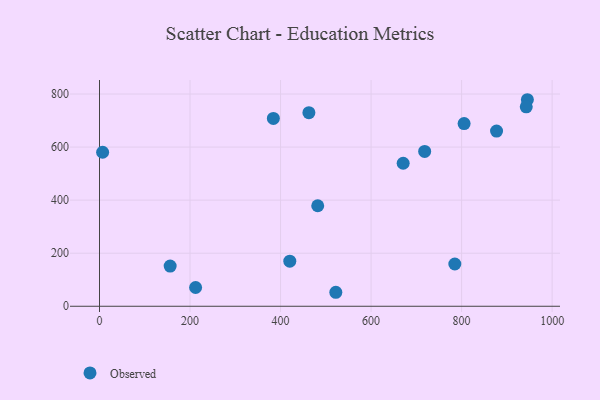
{"axis": {"x": "Study Hours", "y": "Profit"}, "legend": ["Observed"], "data": [{"x": "785.0", "y": 159.3, "type": "Observed"}, {"x": "945.3", "y": 778.5, "type": "Observed"}, {"x": "670.9", "y": 539.0, "type": "Observed"}, {"x": "6.9", "y": 580.5, "type": "Observed"}, {"x": "805.5", "y": 688.5, "type": "Observed"}, {"x": "522.1", "y": 52.7, "type": "Observed"}, {"x": "384.1", "y": 707.9, "type": "Observed"}, {"x": "462.6", "y": 729.6, "type": "Observed"}, {"x": "877.2", "y": 660.5, "type": "Observed"}, {"x": "420.4", "y": 170.0, "type": "Observed"}, {"x": "718.4", "y": 583.6, "type": "Observed"}, {"x": "482.1", "y": 378.8, "type": "Observed"}, {"x": "156.1", "y": 151.3, "type": "Observed"}, {"x": "212.3", "y": 70.7, "type": "Observed"}, {"x": "942.8", "y": 751.8, "type": "Observed"}]}